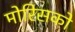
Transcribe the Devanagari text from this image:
मोरिसको